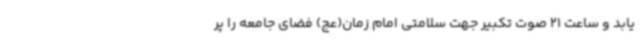
یابد و ساعت 21 صوت تکبیر جهت سلامتی امام زمان(عج) فضای جامعه را پر